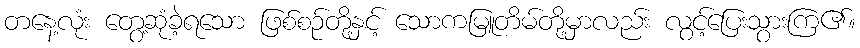
တနေ့လုံး တွေ့ဆုံခဲ့ရသော ဖြစ်စဉ်တို့နှင့် သောကမြူတိမ်တို့မှာလည်း လွင့်ပြေးသွားကြ၏။